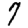
Digit: 7